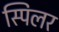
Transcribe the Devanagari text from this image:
स्पिलर